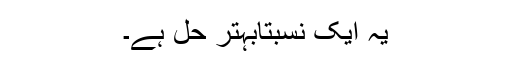
یہ ایک نسبتاًبہتر حل ہے۔